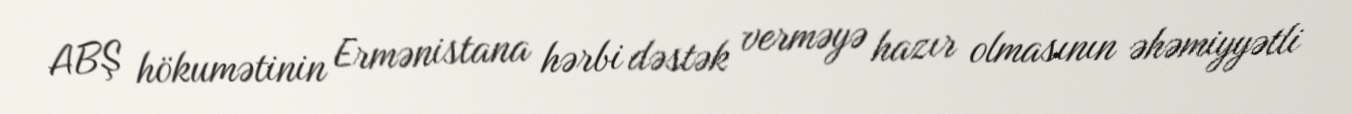
ABŞ hökumətinin Ermənistana hərbi dəstək verməyə hazır olmasının əhəmiyyətli